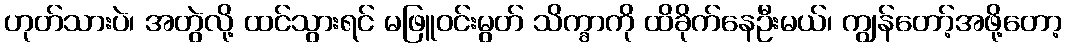
ဟုတ်သားပဲ၊ အတွဲလို့ ထင်သွားရင် မဖြူဝင်းမွတ် သိက္ခာကို ထိခိုက်နေဦးမယ်၊ ကျွန်တော့်အဖို့တော့